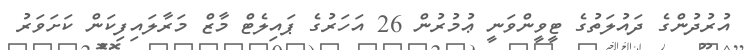
އުރުދުންގެ ދައުލަތުގެ ޓީވީންވަނީ ޢުމުރުން 26 އަހަރުގެ ޕައިލެޓް މާޒް މަރާލައިފިކަން ކަށަވަރު